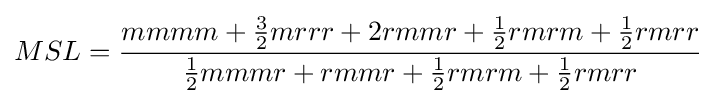
MSL={\frac {mmmm+{\tfrac {3}{2}}mrrr+2rmmr+{\tfrac {1}{2}}rmrm+{\tfrac {1}{2}}rmrr}{{\tfrac {1}{2}}mmmr+rmmr+{\tfrac {1}{2}}rmrm+{\tfrac {1}{2}}rmrr}}